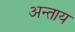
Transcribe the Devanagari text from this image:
अन्ताय